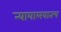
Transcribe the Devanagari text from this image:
न्यायालयातच